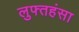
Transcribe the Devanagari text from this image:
लुफ्तहंसा